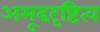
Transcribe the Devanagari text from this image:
अमूढदृष्टित्व